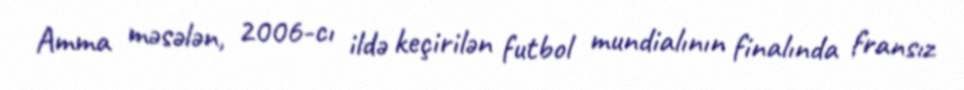
Amma məsələn, 2006-cı ildə keçirilən futbol mundialının finalında fransız